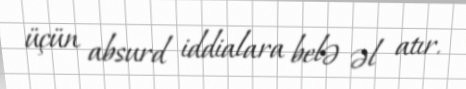
üçün absurd iddialara belə əl atır.